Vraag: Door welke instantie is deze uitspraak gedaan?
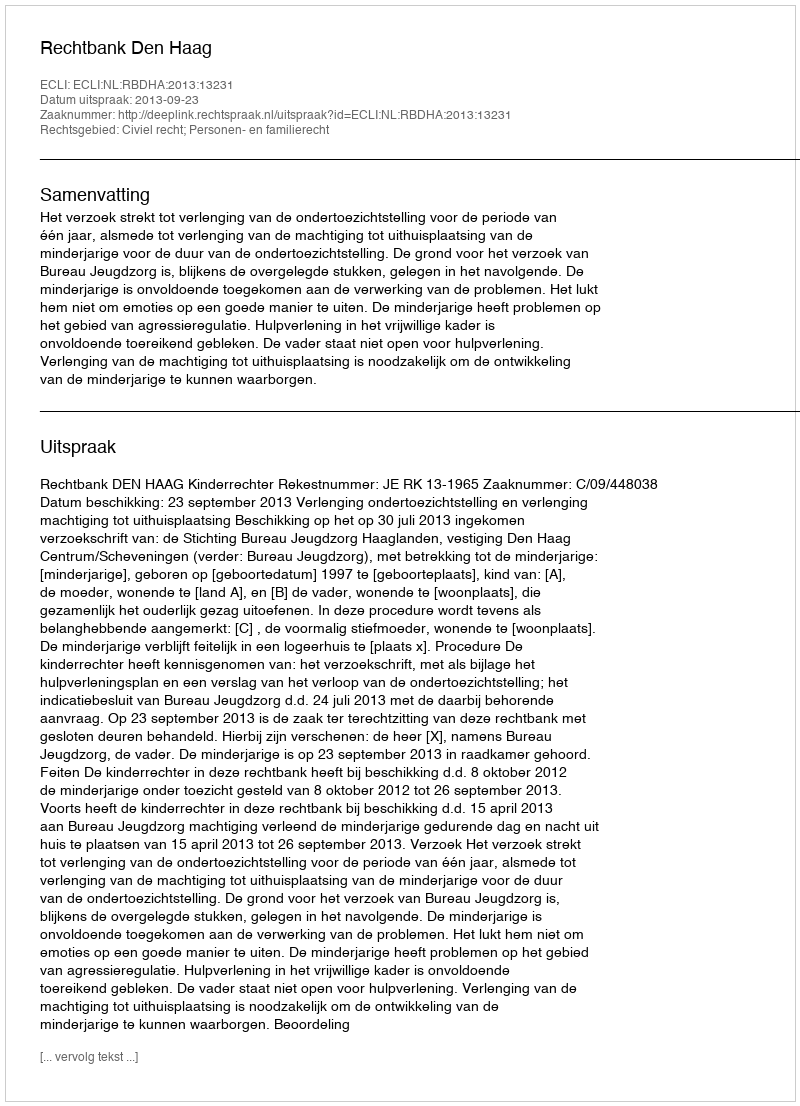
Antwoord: Rechtbank Den Haag